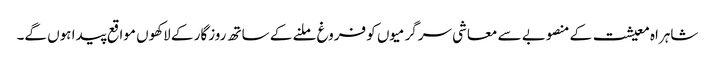
شاہراہ معیشت کے منصوبے سے معاشی سرگرمیوں کو فروغ ملنے کے ساتھ روزگار کے لاکھوں مواقع پیدا ہوں گے۔